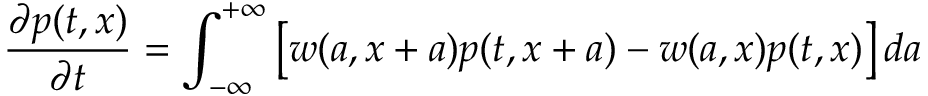
\frac { \partial p ( t , x ) } { \partial t } = \int _ { - \infty } ^ { + \infty } \left[ w ( a , x + a ) p ( t , x + a ) - w ( a , x ) p ( t , x ) \right] d a